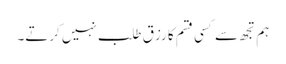
ہم تجھ سے کسی قسم کا رزق طلب نہیں کرتے۔